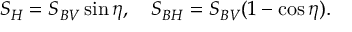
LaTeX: S _ { H } = S _ { B V } \sin \eta , ~ ~ ~ S _ { B H } = S _ { B V } ( 1 - \cos \eta ) .